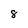
Character: 8